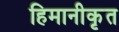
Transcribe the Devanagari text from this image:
हिमानीकृत